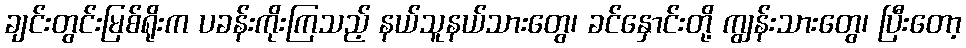
ချင်းတွင်းမြစ်ရိုးက ပခန်းကိုးကြသည့် နယ်သူနယ်သားတွေ၊ ခင်နှောင်းတို့ ကျွန်းသားတွေ၊ ပြီးတော့